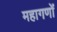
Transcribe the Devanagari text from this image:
महागणों